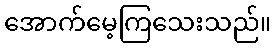
အောက်မေ့ကြသေးသည်။